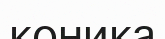
коника